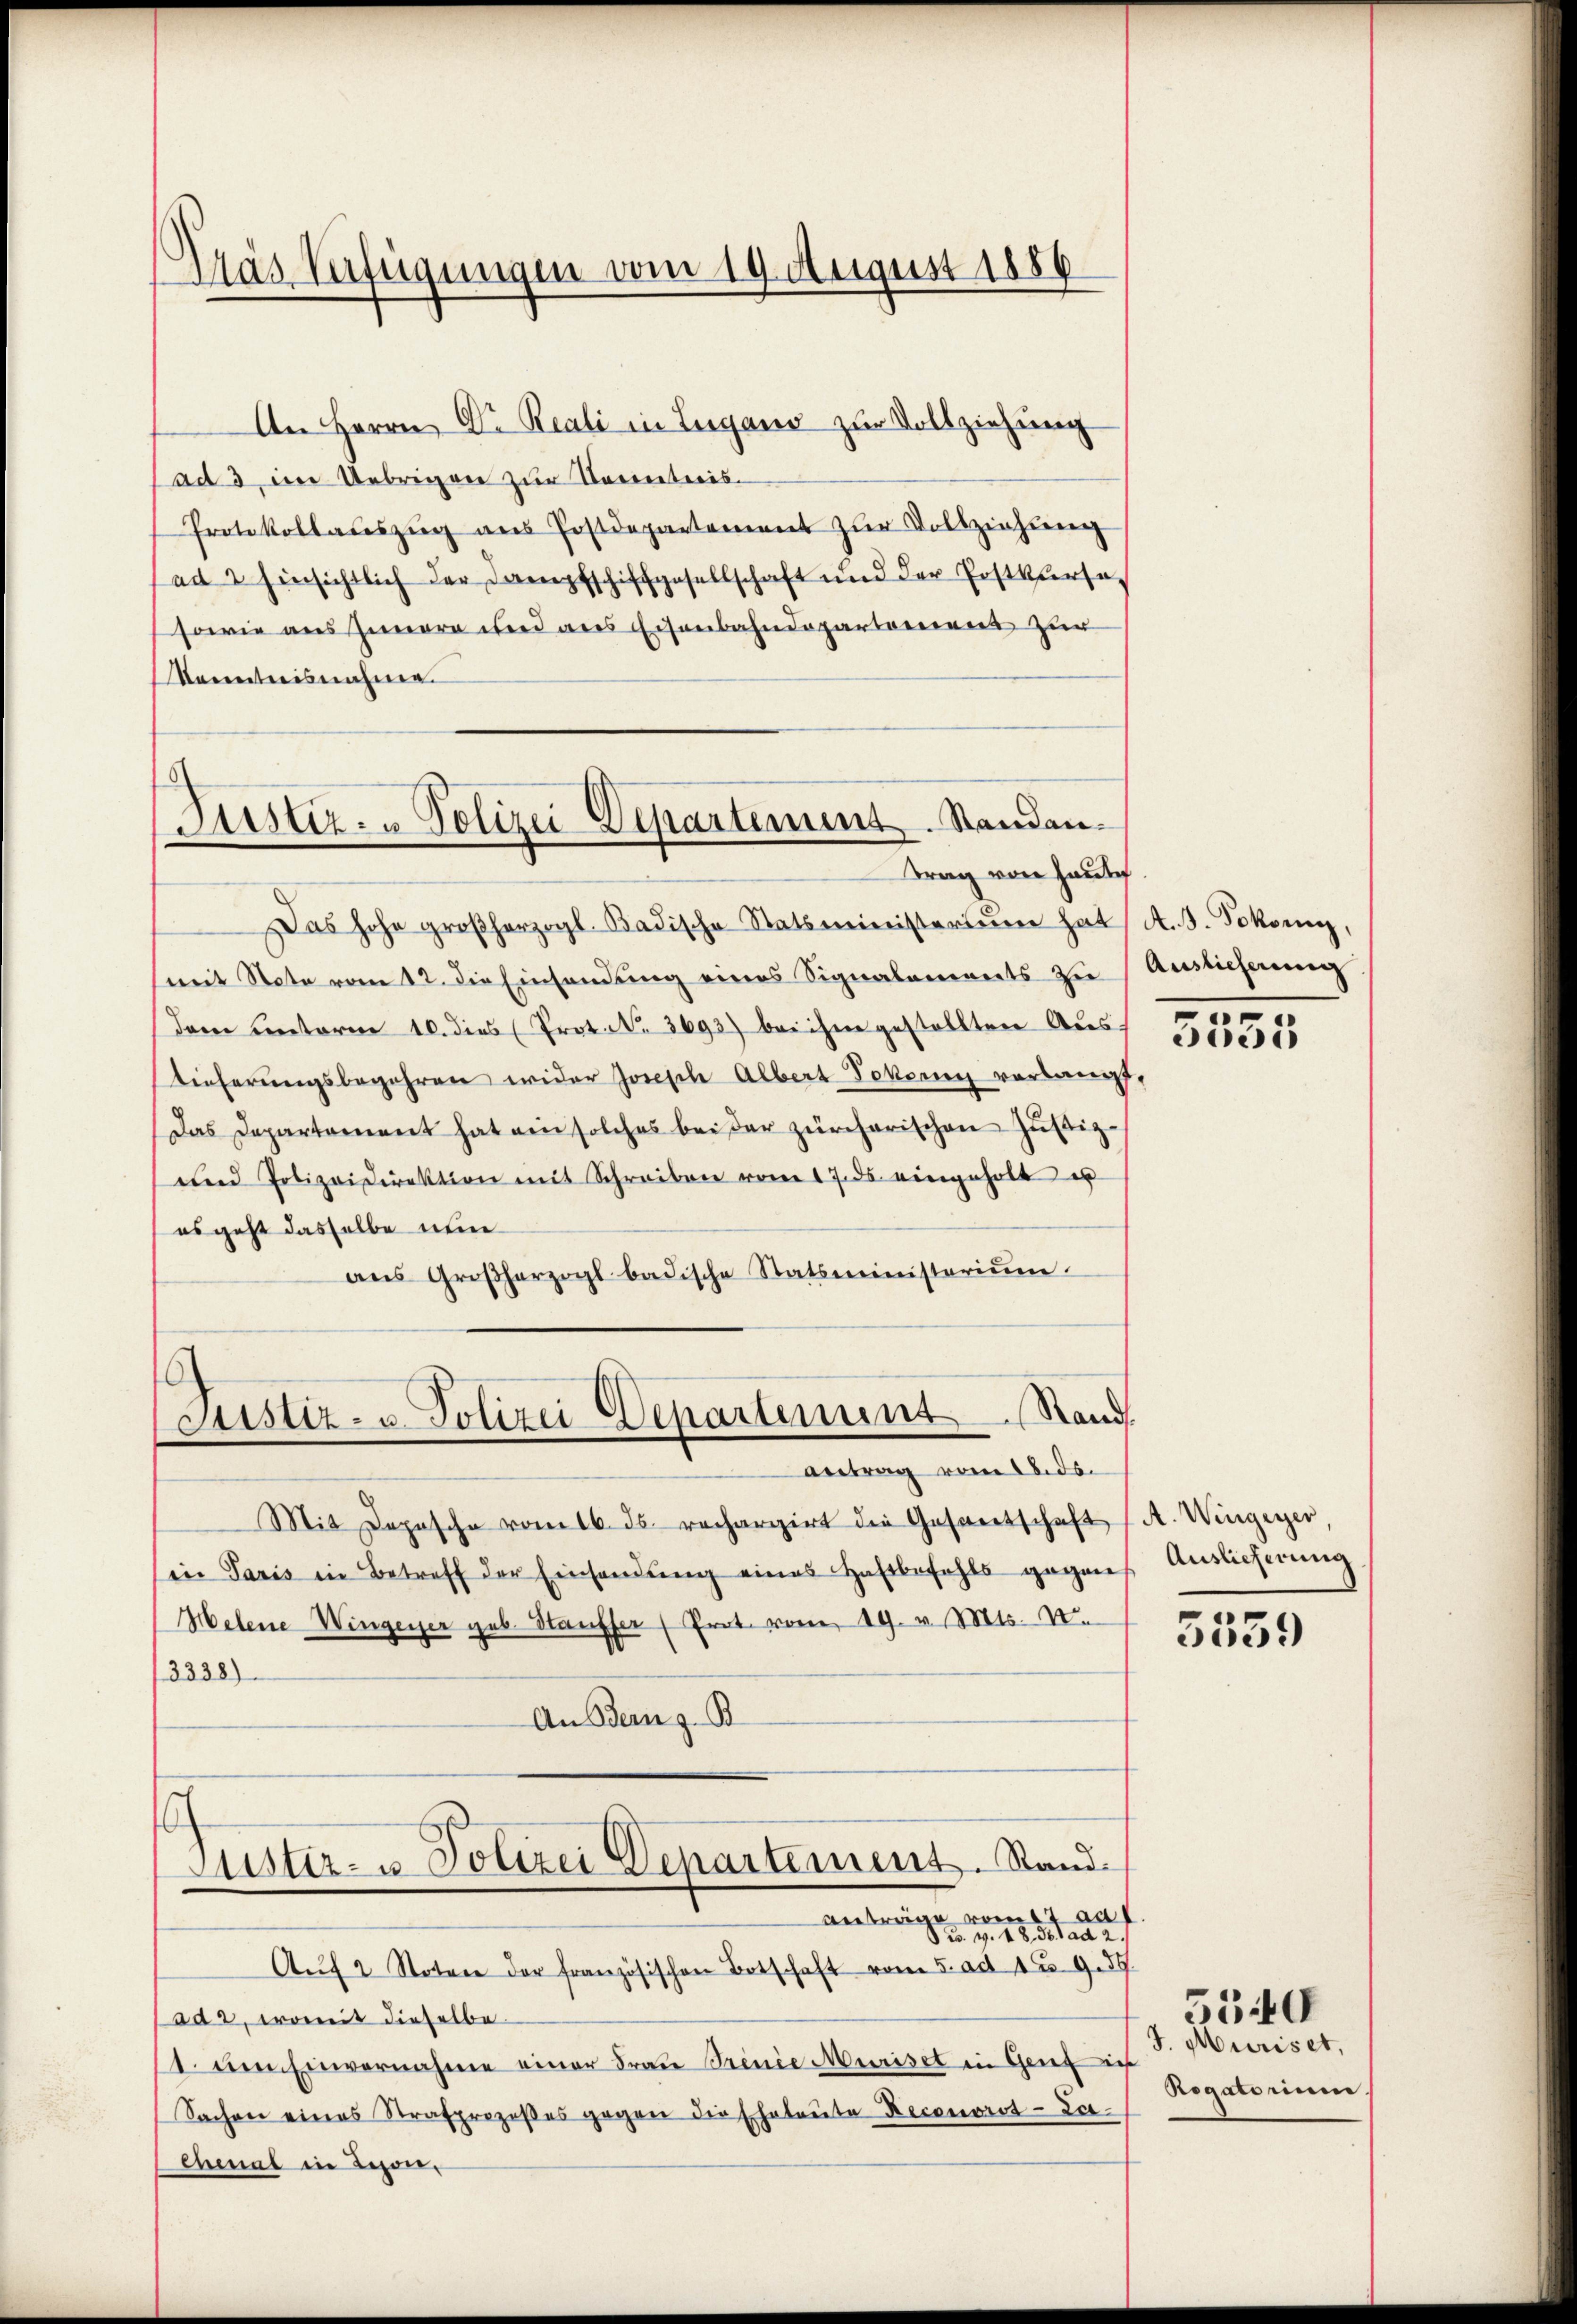
An Herrn Dr. Reali in Lugano zur Vollziehung
ad 3, im Uebrigen zur Kenntnis-
Protokollauszug aus Postdepartement zur Vollziehung
ad 2 hinsichtlich der Dampfschiffgesellschaft und der Postkurses
sowie aus Innern und aus Eisenbahndepartement zur
Kenntnisnahme.

Gras Verfügungen vom 19. August 1886

6
Justiz- u Polizei Departement. Standen.
trag von Handlich

Justiz- u. Polizei Departement Hand
Antrag vom 18. ds.

Das hohe großherzogl. Badische Statsministerium hat
mit Note vom 12. die Einsendung eines Signalanierts zu
dem unterm 10. dies (Prot. No. 3693) bei ihm gestellten Aus
Lieferŭngsbegehren wider Joseph Albert Tokorn vorlang
Das Departement hat ein solches bei der zürcherischen Zustiz-
und Polizeidirektion mit Schreiben vom 17. ds eingeholt es
es geht dasselbe nun
ans Großherzogl badische Statsministerium.
Mit Depesche vom 16. ds. rechargirt die Gesantschaft
in Paris in Betreff der Einhandŭng eines Haftbefehls gegen
Helene Wingerer geb. Stauffer (Prot. vom 19. v. Mts. II.
3338)
An Bern z. B
s
Justiz- & Polizei Departement. Rand¬
Antrage vom 17. ad
u. v. 18 des ad 2.
Aŭf 2 Noten der französischen Botschaft vom 5. ad 12. 9. ds.
ad 2, womit dieselbe
st am Einvernahme einer Frau Brenie Murist in Ganze
Sachen eines Strafprozeßes gegen die Eheleute Reconorot-Lochmal in Beson¬

d

¬

A. 3. Tokonn
Auslieferung

5555

A. Wengerer,
Auslieferung

.

5559

J. Müriset,
Rogatorium

5540